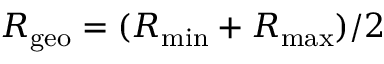
R _ { \mathrm { g e o } } = ( R _ { \mathrm { m i n } } + R _ { \mathrm { m a x } } ) / 2